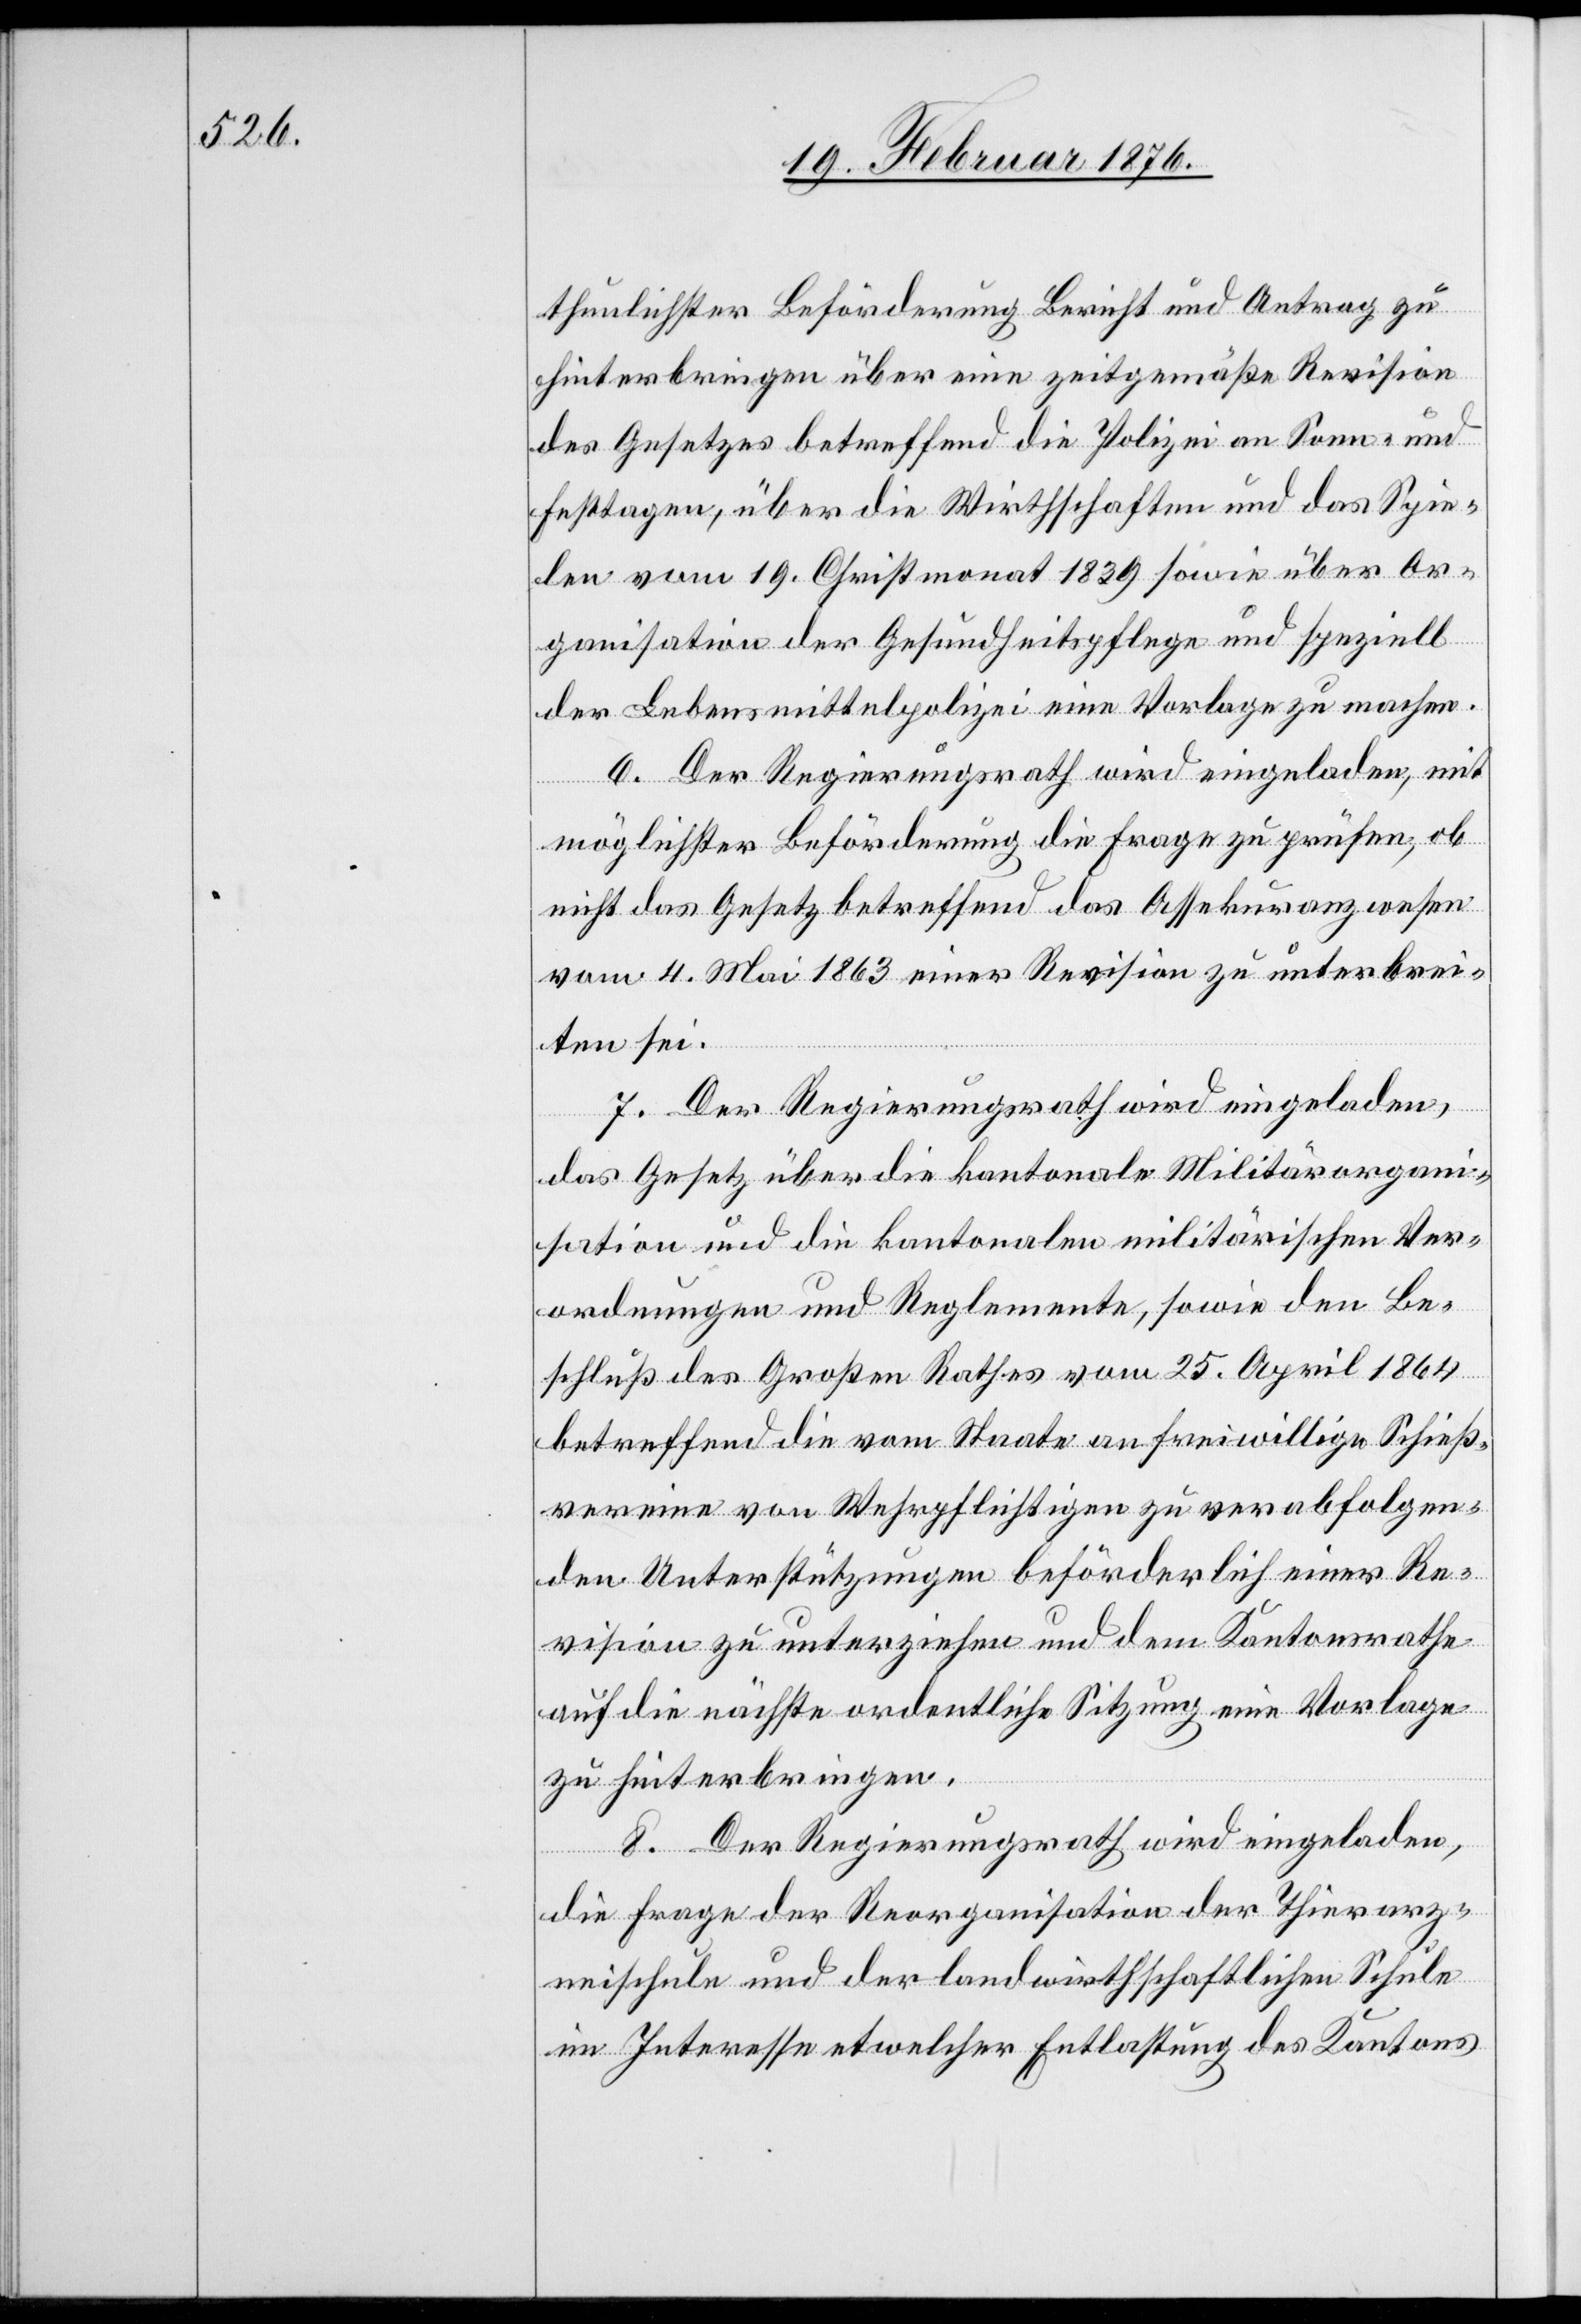
thunlichster Beförderung Bericht und Antrag zu
hinterbringen über eine zeitgemäße Revision
des Gesetzes betreffend die Polizei an Sonn- und
Festtagen, über die Wirthschaften und das Spie¬
len vom 19. Christmonat 1839 sowie über Or¬
ganisation der Gesundheitspflege und speziell
der Lebensmittelpolizei eine Vorlage zu machen.
6. Der Regierungsrath wird eingeladen, mit
möglichster Beförderung die Frage zu prüfen, ob
nicht das Gesetz betreffend das Assekuranzwesen
vom 4. Mai 1863 einer Revision zu unterbrei¬
ten sei.
7. Der Regierungsrath wird eingeladen,
das Gesetz über die kantonale Militärorgani¬
sation und die kantonalen militärischen Ver¬
ordnungen und Reglemente, sowie den Be¬
schluß des Großen Rathes vom 25. April 1864
betreffend die vom Staate an freiwillige Schieß¬
vereine von Wehrpflichtigen zu verabfolgen¬
den Unterstützungen beförderlich einer Re¬
vision zu unterziehen und dem Kantonsrathe
auf die nächste ordentliche Sitzung eine Vorlage
zu hinterbringen.
8. Der Regierungsrath wird eingeladen,
die Frage der Reorganisation der Thierarz¬
neischule und der landwirthschaftlichen Schule
im Interesse etwelcher Entlastung des Kantons